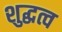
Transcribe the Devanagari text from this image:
शुद्धत्व